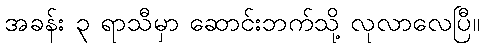
အခန်း ၃ ရာသီမှာ ဆောင်းဘက်သို့ လုလာလေပြီ။